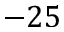
- 2 5